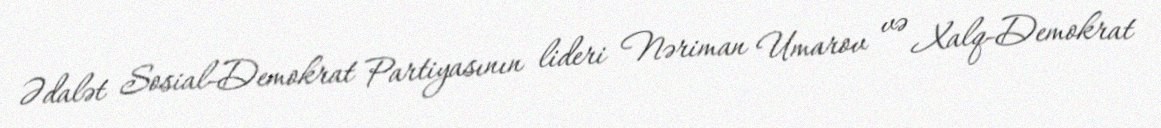
Ədalət Sosial-Demokrat Partiyasının lideri Nəriman Umarov və Xalq-Demokrat